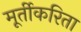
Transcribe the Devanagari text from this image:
मूर्तीकरिता